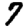
Digit: 7